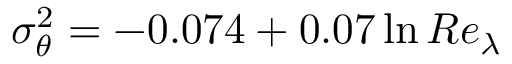
\sigma _ { \theta } ^ { 2 } = - 0 . 0 7 4 + 0 . 0 7 \ln { R e _ { \lambda } }